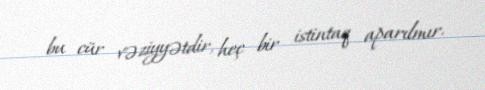
bu cür vəziyyətdir, heç bir istintaq aparılmır.